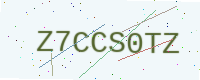
Text: Z7CCS0TZ